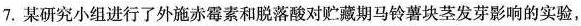
7.某研究小组进行了外施赤霉素和脱落酸对贮藏期马铃薯块茎发芽影响的实验，